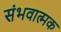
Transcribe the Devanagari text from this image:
संभवात्मक